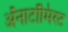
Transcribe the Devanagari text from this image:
अॅनाटॉमिस्ट